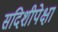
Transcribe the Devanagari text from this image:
सदिशीपेक्षा